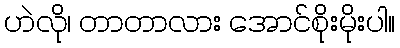
ဟဲလို၊ တာတာလား အောင်စိုးမိုးပါ။